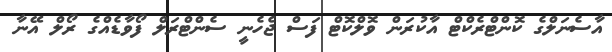
އާސެނަލްގެ ކޮންޓްރެކްޓް އާކުރަން ވޮލްކޮޓް ފަސް ޖެހެނީ ސެންޓްރަލް ފޯވާޑެއްގެ ރޯލް އޭނާ